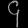
Digit: ၄